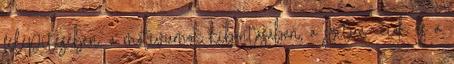
felépítésében, a motívumok kibontásában, a szituá- ciók és a